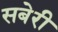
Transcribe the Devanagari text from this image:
सबेरी